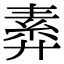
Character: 𢍣